Physical education and physical well-being, 1936
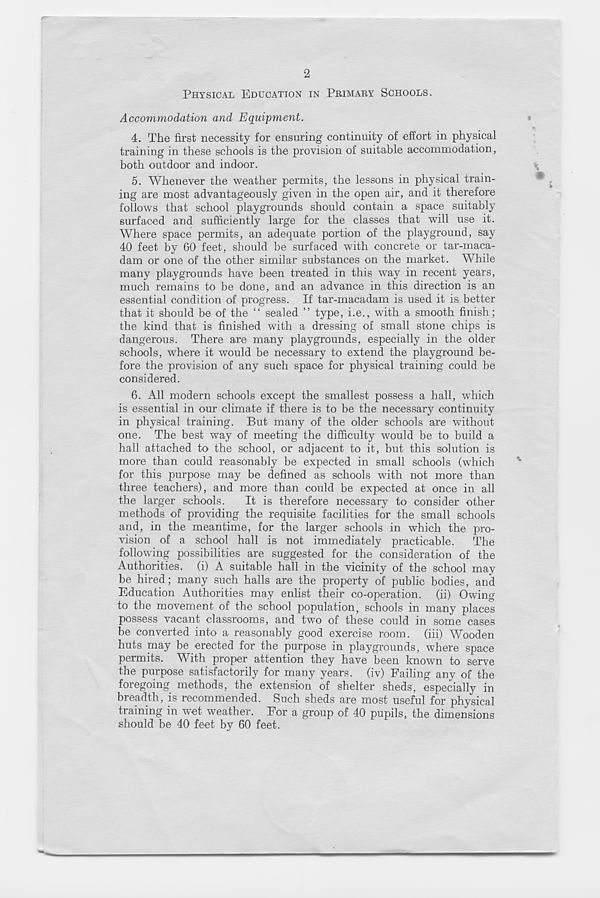
2
PHYSICAL EDUCATION IN PRIMARY SCHOOLS.
Accommodation and Equipment.
4. The first necessity for ensuring continuity of effort in physical
training in these schools is the provision of suitable accommodation,
both outdoor and indoor.
5. Whenever the weather permits, the lessons in physical train-
ing are most advantageously given in the open air, and it therefore
follows that school playgrounds should contain a space suitably
surfaced and sufficiently large for the classes that will use it.
Where space permits, an adequate portion of the playground, say
40 feet by 60 1 feet, should be surfaced with concrete or tar-maca-
dam or one of the other similar substances on the market. While
many playgrounds have been treated in this way in recent years,
much remains to be done, and an advance in this direction is an
essential condition of progress. If tar-macadam is used it is, better
that it should be of the “ sealed ” type, i.e., with a smooth finish;
the kind that is finished with a dressing of small stone chips is
dangerous. There are many playgrounds, especially in the older
schools, where it would be necessary to extend the playground be-
fore the provision of any such space for physical training could be
considered.
6. All modern schools except the smallest possess a hall, which
is essential in our climate if there is to be the necessary continuity
in physical training. But many of the older schools are without
one. The best way of meeting the difficulty would be to build a
hall attached to the school, or adjacent to it, but this solution is
more than could reasonably be expected in small schools (which
for this purpose may be defined as schools with not more than
three teachers), and more than could be expected at once in all
the larger schools.
It is therefore necessary to consider other
methods of providing the requisite facilities for the small schools
and, in the meantime, for the larger schools in which the pro-
vision of a school hall is not immediately practicable. The
following possibilities are suggested for the consideration of the
Authorities, (i) A suitable hall in the vicinity of the school may
be hired; many such halls are the property of public bodies, and
Education Authorities may enlist their co-operation, (ii) Owing
to the movement of the school population, schools in many places
possess vacant classrooms, and two of these could in some cases
be converted into a reasonably good exercise room, (iii) Wooden
huts may be erected for the purpose in playgrounds, where space
permits. With proper attention they have been known to serve
the purpose satisfactorily for many years, (iv) Failing any of the
foregoing methods, the extension of shelter sheds, especially in
breadth, is recommended. Such sheds are most useful for physical
training in wet weather. For a group of 40 pupils, the dimensions
should be 40 feet by 60 feet.